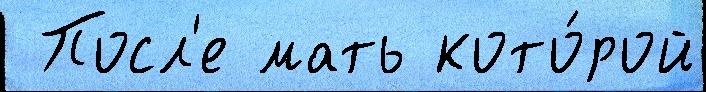
 Посл'е мать кото́рой